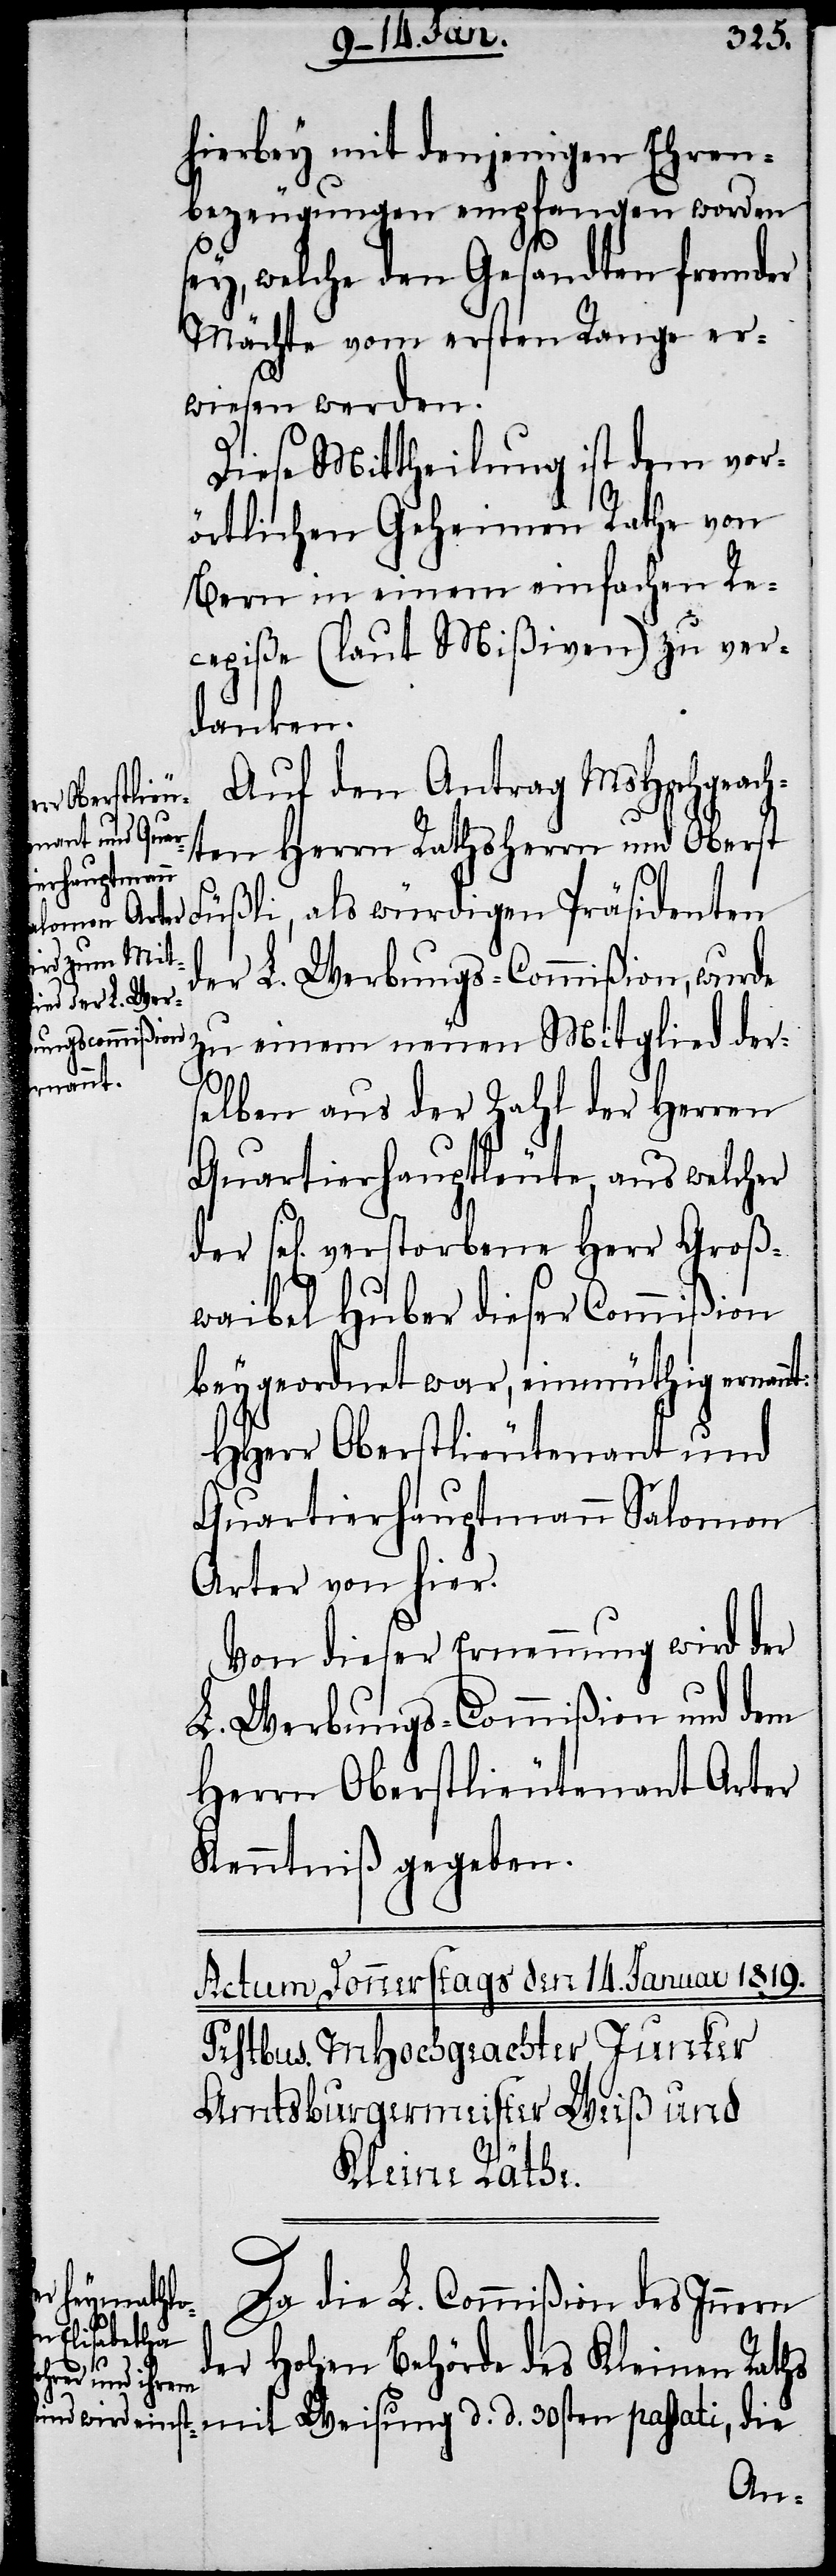
hierbey mit denjenigen Ehren¬
bezeugungen empfangen worden s¬
ey, welche den Gesandten fremder
Mächte vom ersten Range er¬
wiesen werden.
Diese Mittheilung ist dem vor¬
örtlichen Geheimen Rathe von
Bern in einem einfachen Re¬
cepiße (laut Mißiven) zu ver¬
danken.
Auf den Antrag MsHochgeach¬
ten Herrn Rathsherrn und Obers¬
t Füßli, als würdigen Präsidenten
der L. Werbungs-Commißion, wurde
zu einem neuen Mitglied der¬
annt:
selben aus der Zahl der Herren
Quartierhauptleute, aus welcher
sel[ig] verstorbene Herr Groß¬
waibel Huber dieser Commißion
beygeordnet war, einmüthig ern¬
HHerr Oberstlieutenant und
Quartierhauptmann Salomon
Arter von hier.
Von dieser Ernennung wird der
L. Werbungs-Commißion und dem
Herrn Oberstlieutenant Arter
Kenntniß gegeben.
Da die L. Commißion des Innern
passati, die
der Hohen Behörde des Kleinen Raths